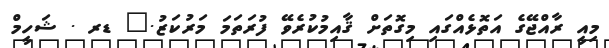
މިއީ ރާއްޖޭގެ އަތޮޅެއްގައި މިގޮތަށް ޤާއިމުކުރެވޭ ފުރަތަމަ މަރުކަޒު." ޑރ . ޝަހީމް